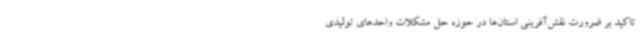
تاکید بر ضرورت نقش‌آفرینی استان‌ها در حوزه حل مشکلات واحدهای تولیدی